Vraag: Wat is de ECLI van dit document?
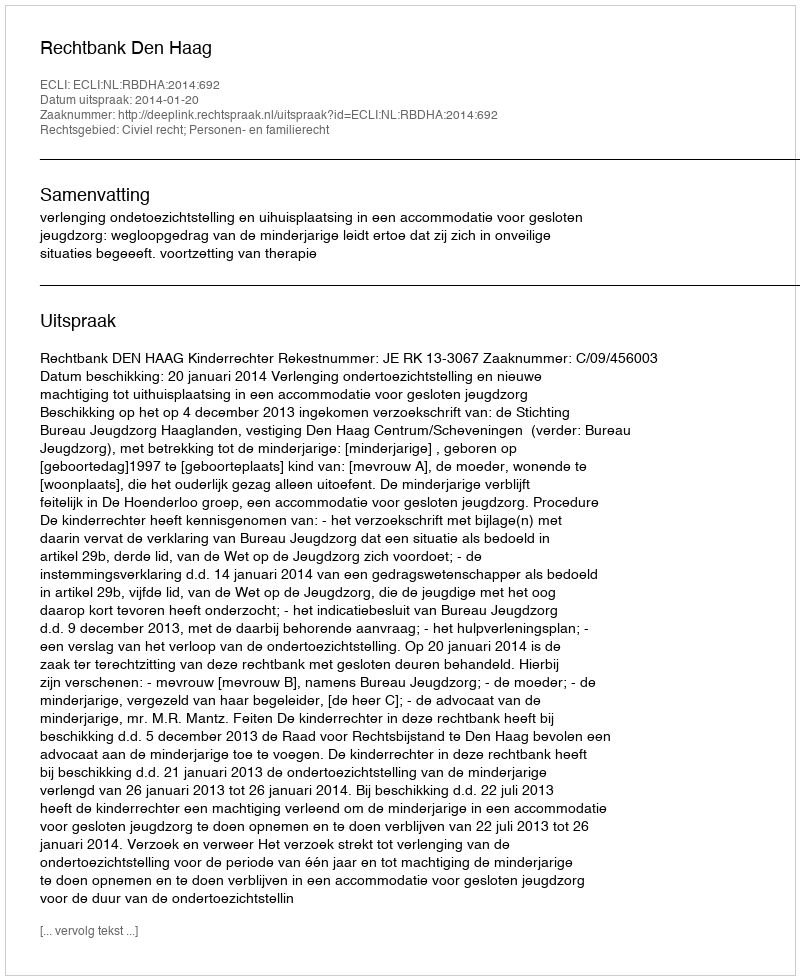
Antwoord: ECLI:NL:RBDHA:2014:692